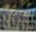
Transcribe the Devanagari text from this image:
एरन्ड